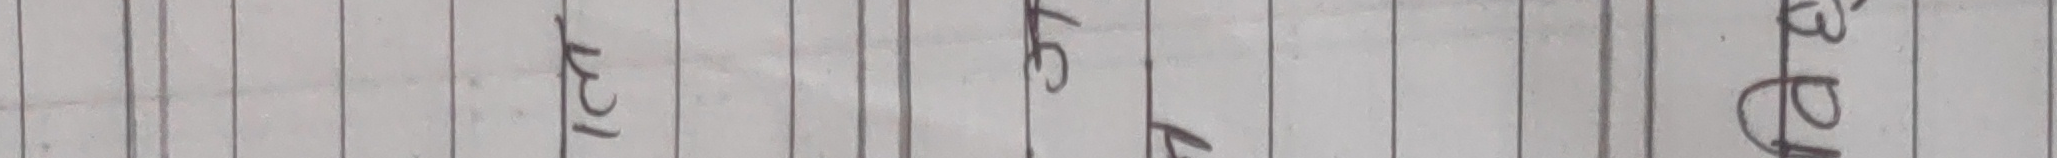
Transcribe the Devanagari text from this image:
मा पु ठूलो